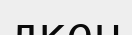
лкен